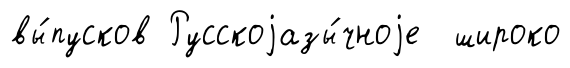
вы́пусков Русскоjазы́чноjе широко